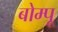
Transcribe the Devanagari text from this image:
बोम्पू